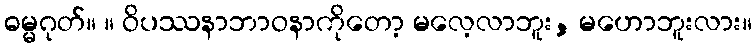
ဓမ္မဂုတ်။ ။ ဝိပဿနာဘာဝနာကိုတော့ မလေ့လာဘူး, မဟောဘူးလား။